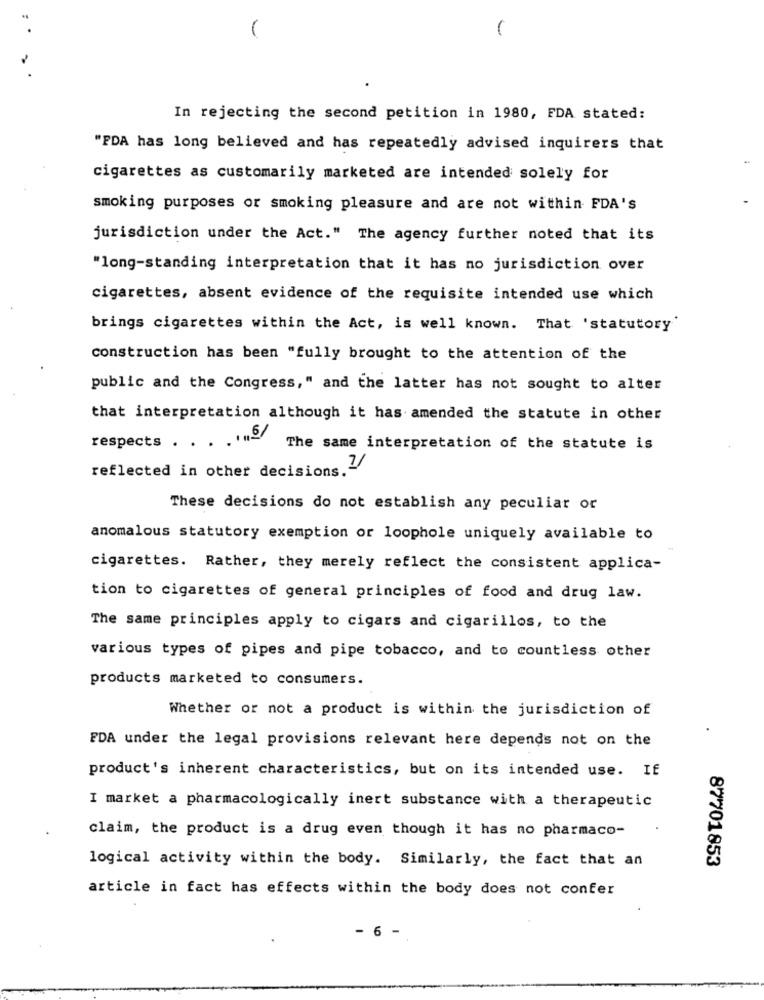
In rejecting the second petition in 1980, FDA stated:
"FDA has long believed and has repeatedly advised inquirers that
cigarettes as customarily marketed are intended solely for
smoking purposes or smoking pleasure and are not within FDA's
jurisdiction under the Act." The agency further noted that its
"long-standing interpretation that it has no jurisdiction over
cigarettes, absent evidence of the requisite intended use which
brings cigarettes within the Act, is well known. That 'statutory
construction has been "fully brought to the attention of the
public and the Congress," and the latter has not sought to alter
that interpretation although it has amended the statute in other
.1 5/
respects .
The same interpretation of the statute is
reflected in other decisions."
These decisions do not establish any peculiar or
anomalous statutory exemption or loophole uniquely available to
cigarettes. Rather, they merely reflect the consistent applica-
tion to cigarettes of general principles of food and drug law.
The same principles apply to cigars and cigarillos, to the
various types of pipes and pipe tobacco, and to countless other
products marketed to consumers.
Whether or not a product is within the jurisdiction of
FDA under the legal provisions relevant here depends not on the
product's inherent characteristics, but on its intended use. If
I market a pharmacologically inert substance with a therapeutic
claim, the product is a drug even though it has no pharmaco-
logical activity within the body. Similarly, the fact that an
87701853
article in fact has effects within the body does not confer
- 6 -